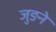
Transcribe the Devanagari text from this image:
जुङने